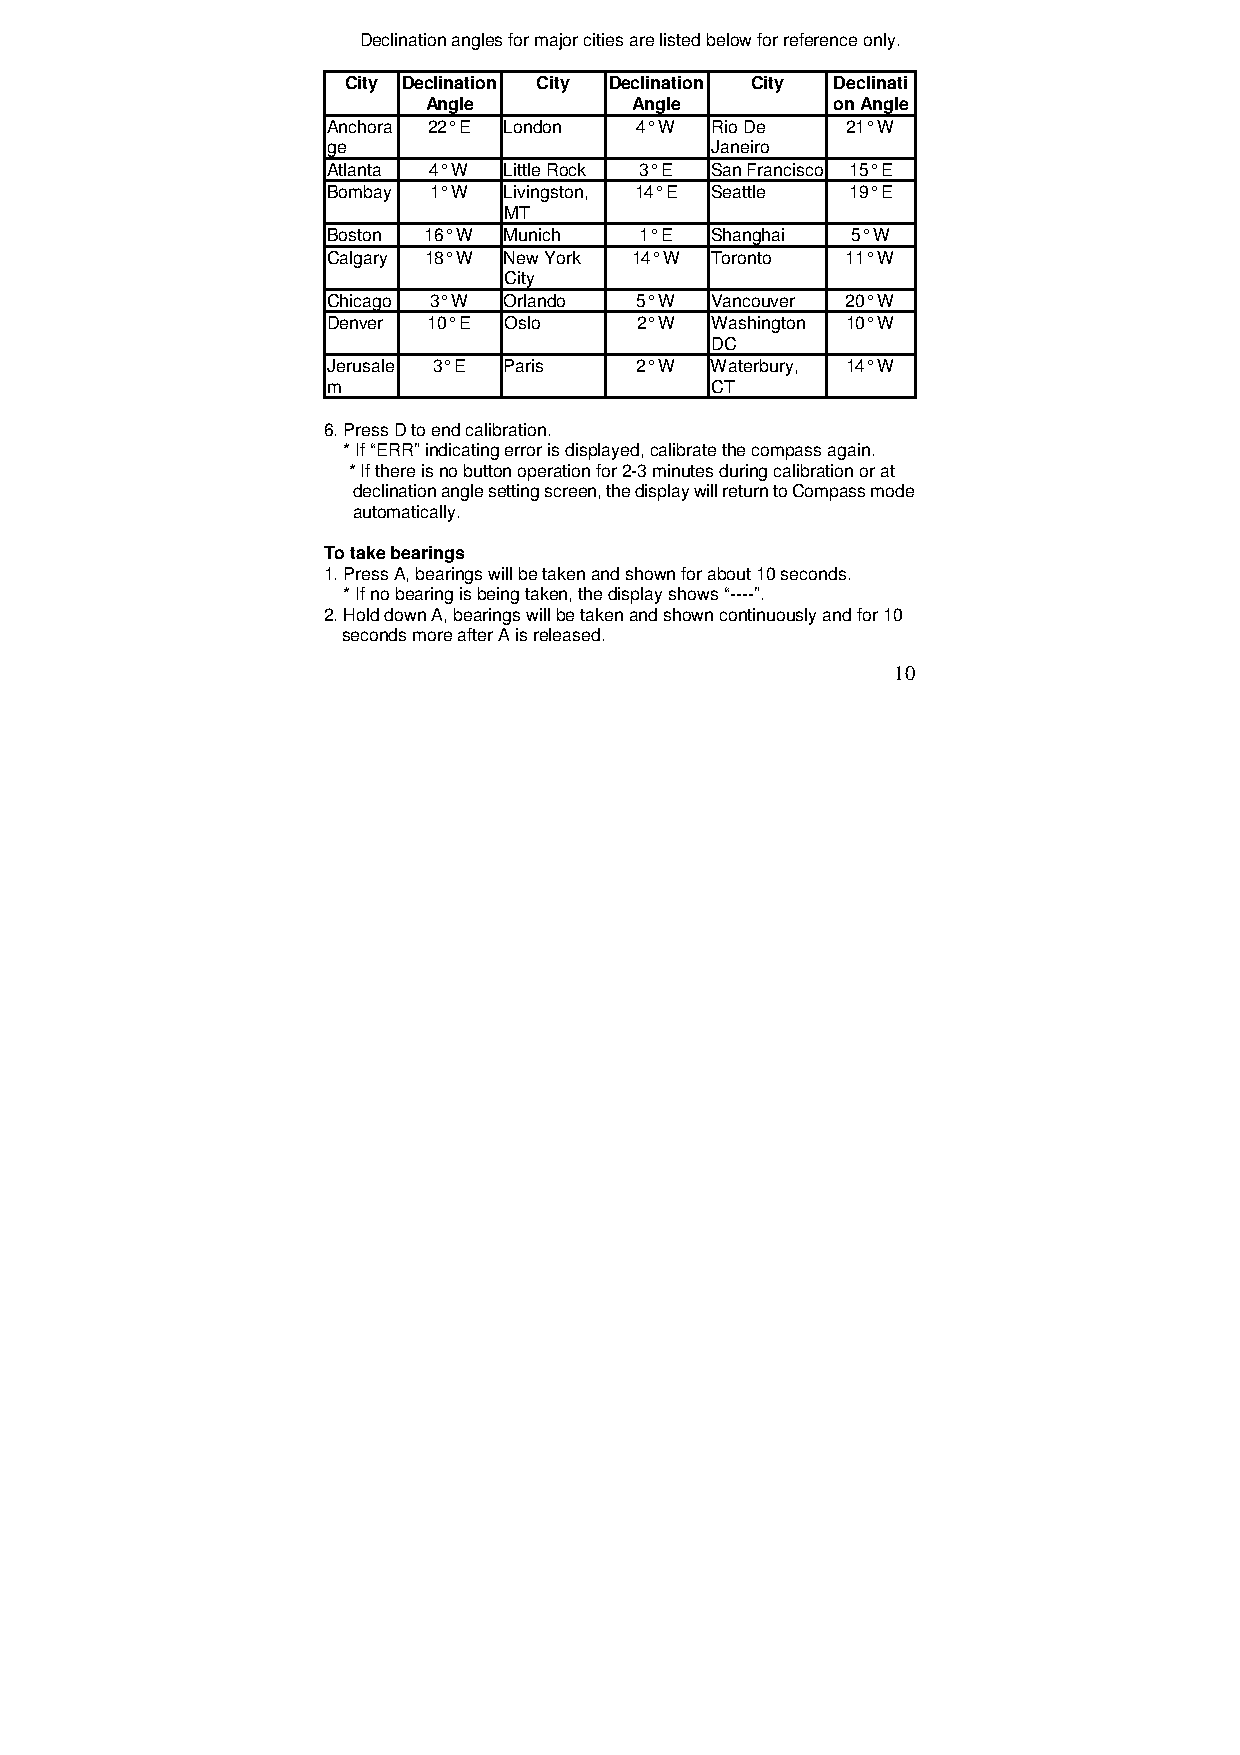
Declination angles for major cities are listed below for reference only.
 City Declination City Declination City Declinati
 Angle         Angle        on Angle
 Anchora 22° E London 4° W Rio De  21° W
 ge                       Janeiro
 Atlanta 4° W Little Rock 3° E San Francisco 15° E
 Bombay 1° W Livingston, 14° E Seattle 19° E
 MT
 Boston 16° W Munich 1° E Shanghai 5° W
 Calgary 18° W New York 14° W Toronto 11° W
 City
 Chicago 3° W Orlando 5° W Vancouver 20° W
 Denver 10° E Oslo   2° W Washington 10° W
 DC
 Jerusale 3° E Paris 2° W Waterbury, 14° W
 m                        CT
 6. Press D to end calibration.
 * If “ERR” indicating error is displayed, calibrate the compass again.
 * If there is no button operation for 2-3 minutes during calibration or at
 declination angle setting screen, the display will return to Compass mode
 automatically.
 To take bearings
 1. Press A, bearings will be taken and shown for about 10 seconds.
 * If no bearing is being taken, the display shows “----”.
 2. Hold down A, bearings will be taken and shown continuously and for 10
 seconds more after A is released.
 10